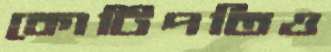
কোটিপতিও